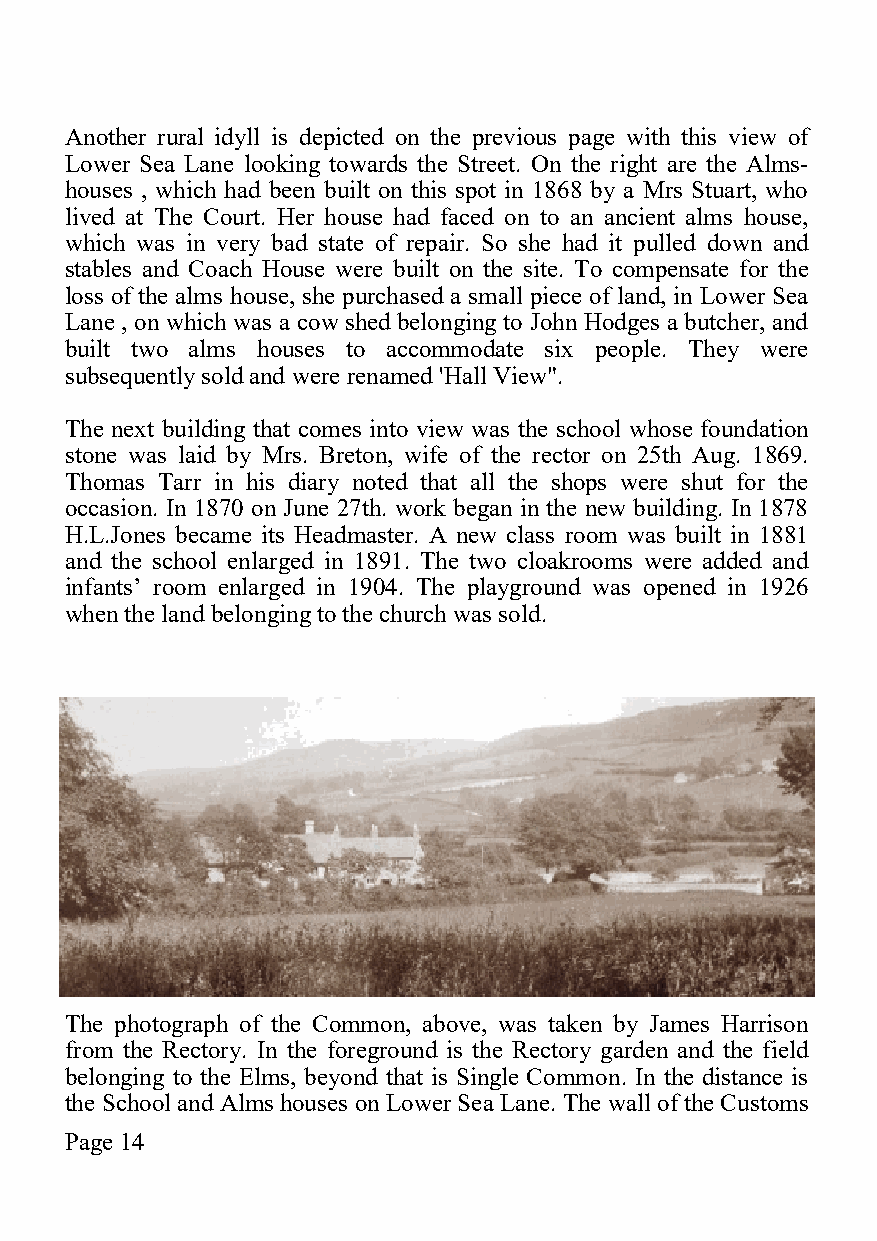
Another rural idyll is depicted on the previous page with this view of
 Lower Sea Lane looking towards the Street. On the right are the Alms-
 houses , which had been built on this spot in 1868 by a Mrs Stuart, who
 lived at The Court. Her house had faced on to an ancient alms house,
 which was in very bad state of repair. So she had it pulled down and
 stables and Coach House were built on the site. To compensate for the
 loss of the alms house, she purchased a small piece of land, in Lower Sea
 Lane , on which was a cow shed belonging to John Hodges a butcher, and
 built two alms houses to accommodate six people. They were
 subsequently sold and were renamed 'Hall View".
 The next building that comes into view was the school whose foundation
 stone was laid by Mrs. Breton, wife of the rector on 25th Aug. 1869.
 Thomas Tarr in his diary noted that all the shops were shut for the
 occasion. In 1870 on June 27th. work began in the new building. In 1878
 H.L.Jones became its Headmaster. A new class room was built in 1881
 and the school enlarged in 1891. The two cloakrooms were added and
 infants’ room enlarged in 1904. The playground was opened in 1926
 when the land belonging to the church was sold.
 The photograph of the Common, above, was taken by James Harrison
 from the Rectory. In the foreground is the Rectory garden and the field
 belonging to the Elms, beyond that is Single Common. In the distance is
 the School and Alms houses on Lower Sea Lane. The wall of the Customs
 Page 14